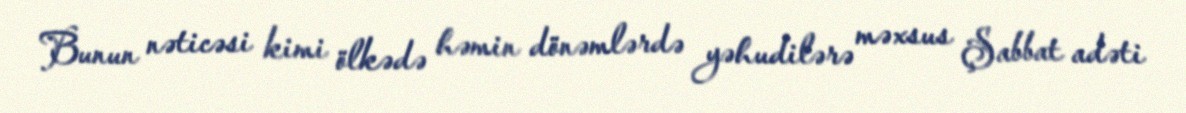
Bunun nəticəsi kimi ölkədə həmin dönəmlərdə yəhudilərə məxsus Şabbat adəti